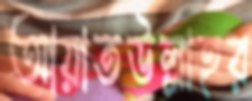
আয়াতউল্লাহর